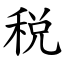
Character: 税